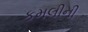
કમલીની